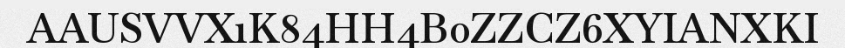
AAUSVVX1K84HH4B0ZZCZ6XYIANXKI